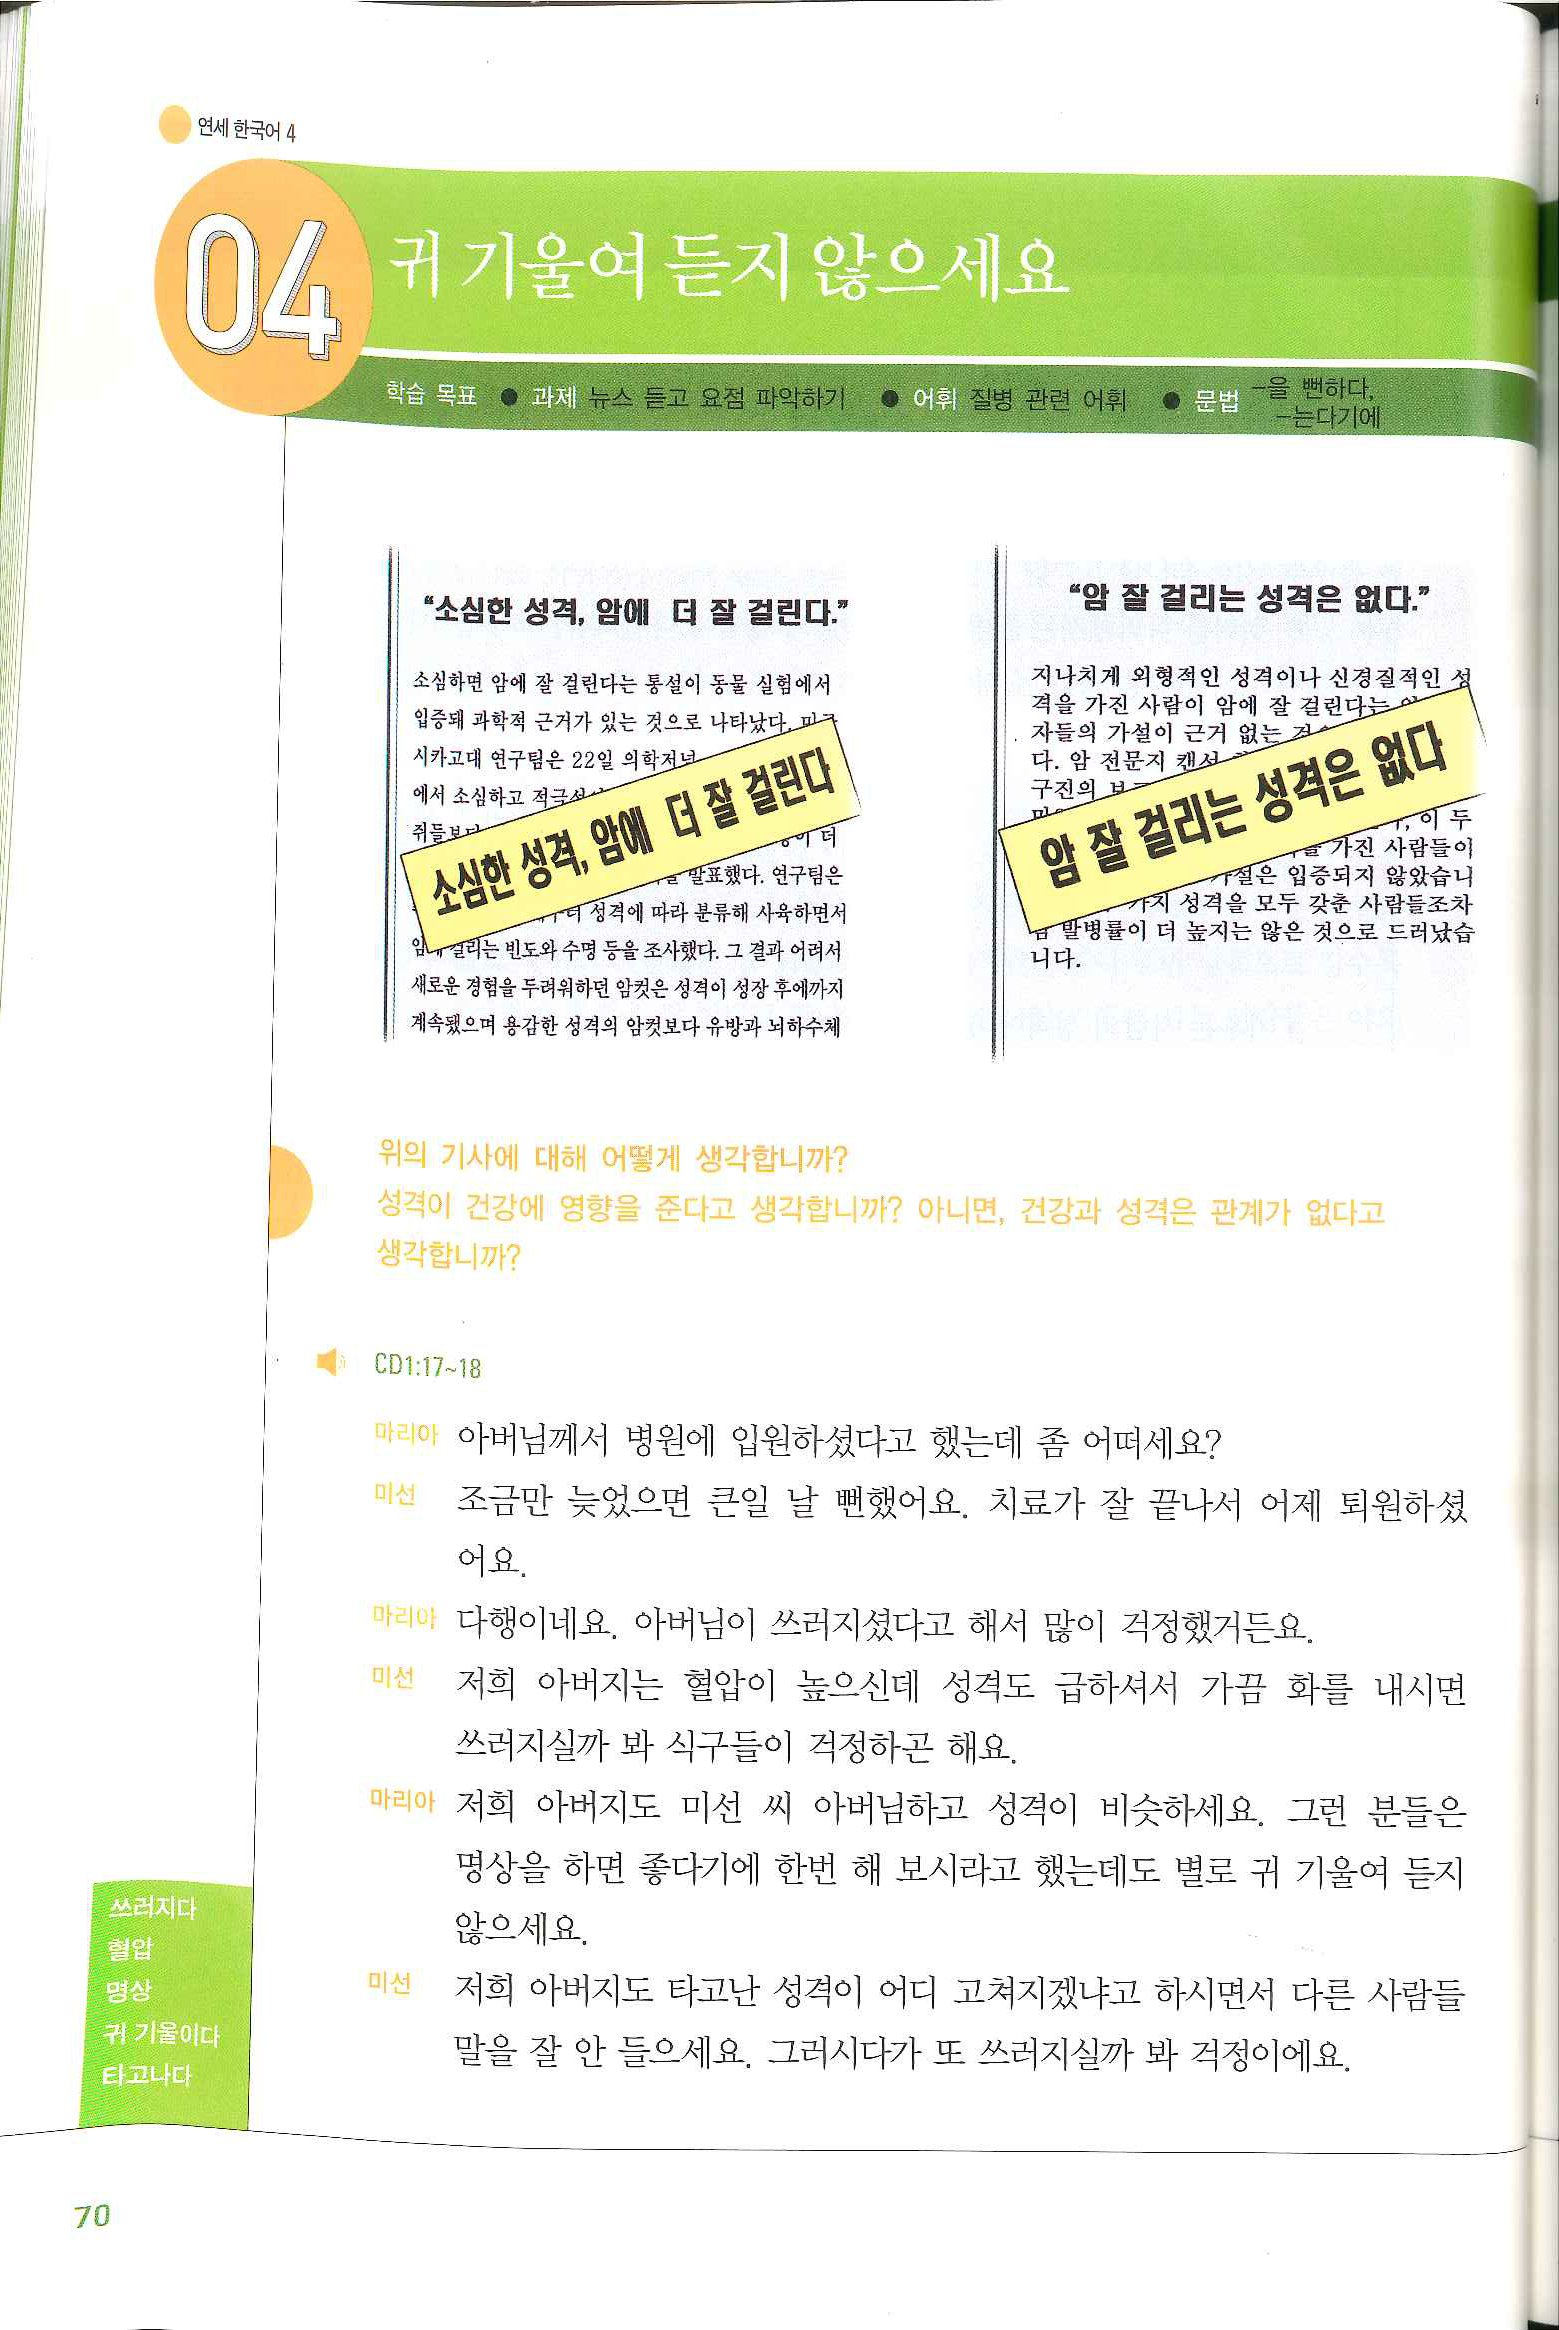
Language: ko